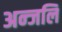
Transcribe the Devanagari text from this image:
अन्जलि